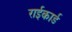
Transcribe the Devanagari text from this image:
राईकार्ड